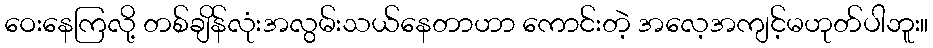
ဝေးနေကြလို့ တစ်ချိန်လုံးအလွမ်းသယ်နေတာဟာ ကောင်းတဲ့ အလေ့အကျင့်မဟုတ်ပါဘူး။